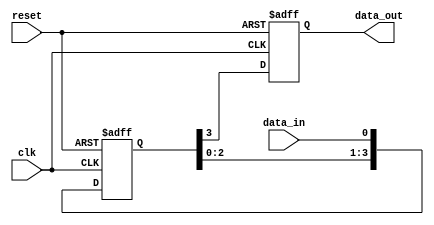
module four_flop_synchronizer(
    input wire clk, // Clock signal
    input wire reset, // Reset signal
    input wire data_in, // Input signal to be synchronized

    output reg data_out // Synchronized output signal
);

reg [3:0] ff_data; // Array to store data passing through each flip-flop

always @(posedge clk or posedge reset) begin
    if (reset) begin
        ff_data <= 4'b0; // Reset flip-flop array
        data_out <= 1'b0; // Reset synchronized output
    end else begin
        ff_data <= {ff_data[2:0], data_in}; // Shift input data through flip-flop array
        data_out <= ff_data[3]; // Output synchronized data
    end
end

endmodule